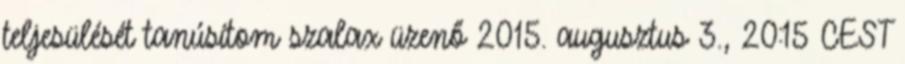
teljesülését tanúsítom szalax üzenő 2015. augusztus 3., 20:15 CEST